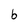
Character: b